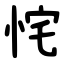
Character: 㤞